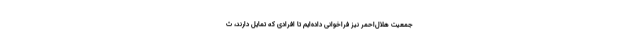
جمعیت هلال‌احمر نیز فراخوانی داده‌ایم تا افرادی که تمایل دارند، ث